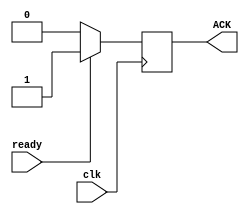
//Serial Reception System ack
//Serial Transmission System ack


module SRTSystem_ACK(ready,clk,ACK);
input wire ready,clk;
output reg ACK;

always@(posedge clk)
begin
	if(ready)
	ACK<=1;
	else
	ACK<=0;
end








endmodule